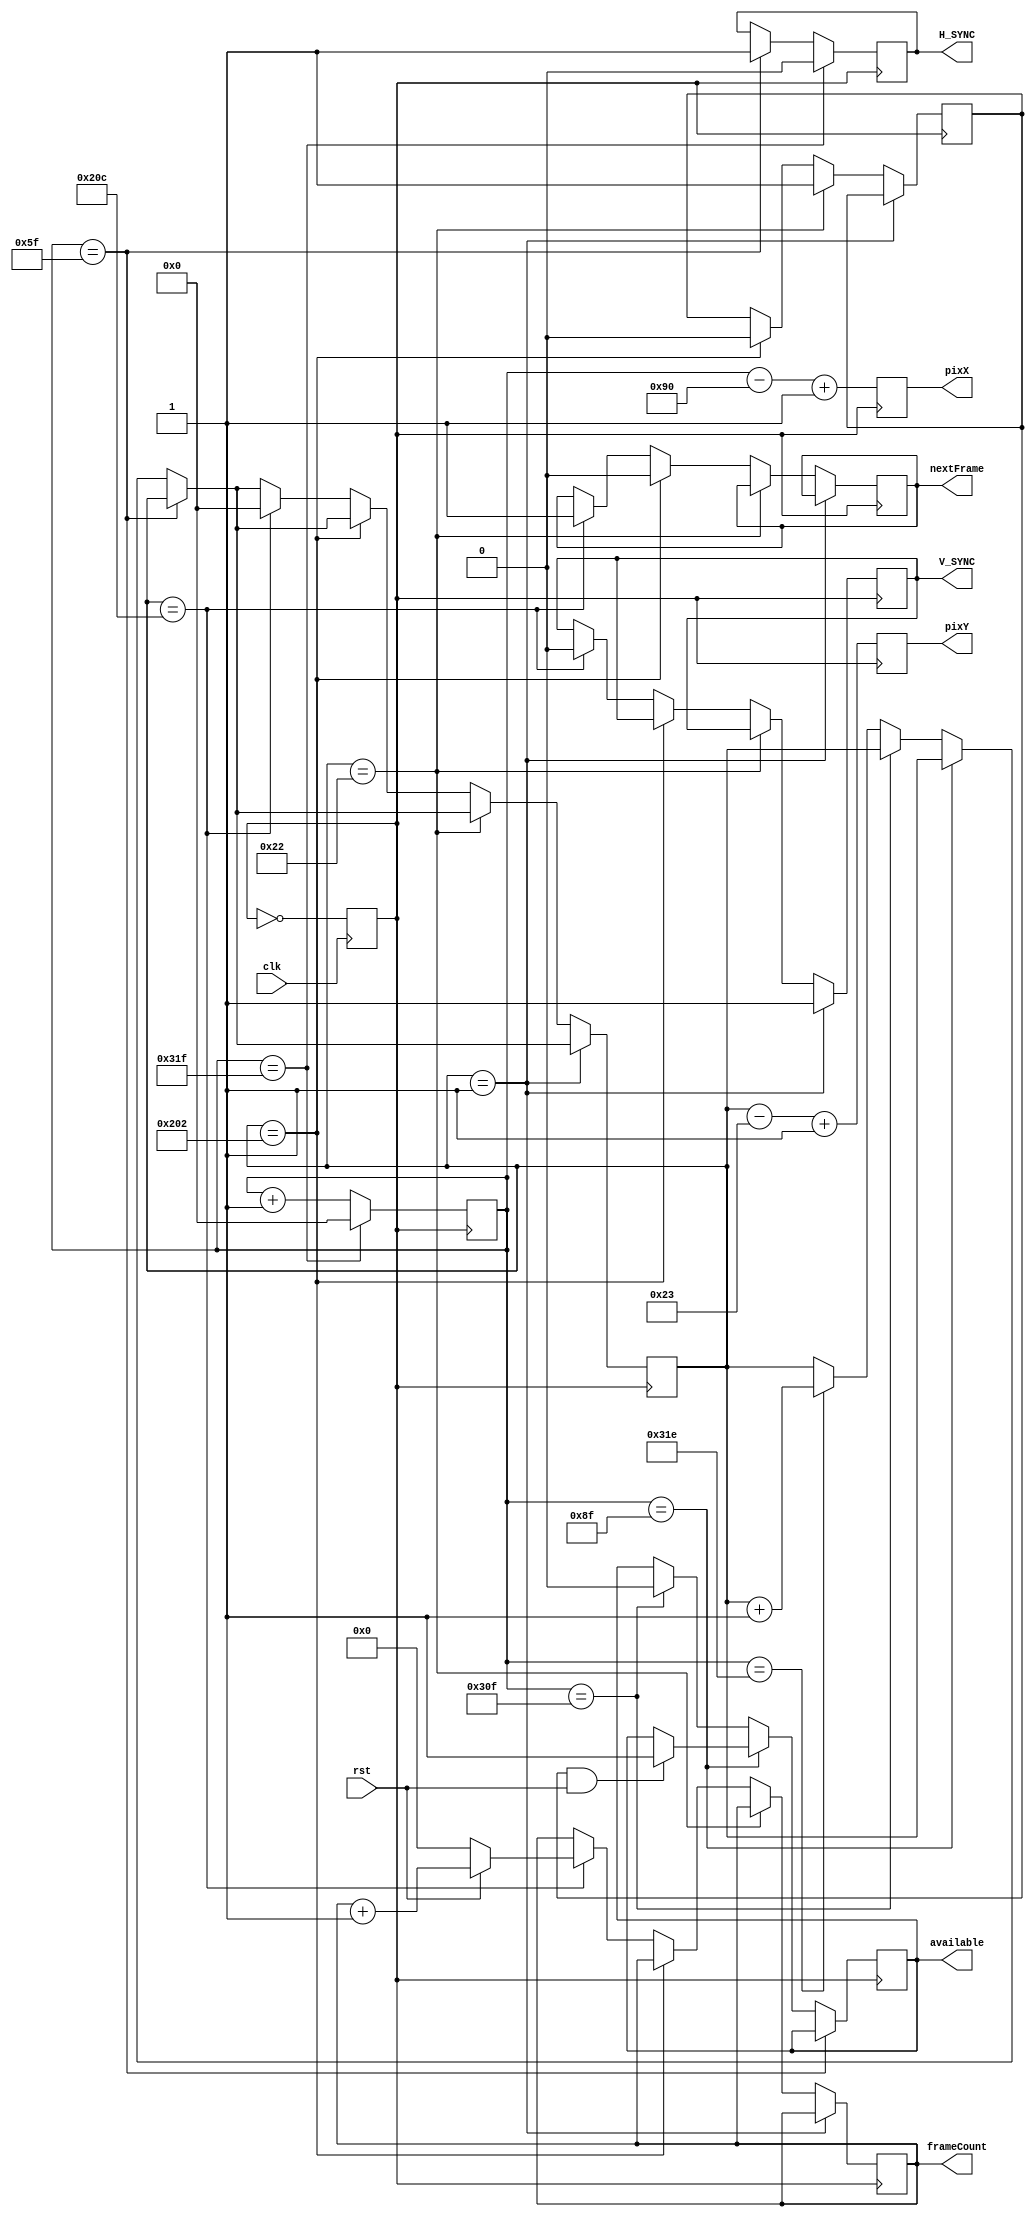
module vga_driver (
    input rst,
    input clk,
    output reg H_SYNC = 0,
    output reg V_SYNC = 0,
    output reg available = 0,
    output reg nextFrame = 0,
    output reg [15:0] pixX = 0,
    output reg [15:0] pixY = 0,
    output reg [31:0] frameCount = 0
);

    parameter HSyncPulse = 16'd96, HBackPorch = 16'd48, HActiveVid = 16'd640, HFrontPorch = 16'd16;
    parameter VSyncPulse = 16'd2, VBackPorch = 16'd33, VActiveVid = 16'd480, VFrontPorch = 16'd10;

    reg vgaClk = 0;
    reg availableV = 0;
    reg [15:0] Hcount = 0;
    reg [15:0] Vcount = 0;

    always @(posedge clk) begin
        vgaClk = ~vgaClk;
    end

    always @(posedge vgaClk) begin
        if (Hcount == HSyncPulse - 1) begin
            H_SYNC <= 1;
        end else if (Hcount == HSyncPulse + HBackPorch - 1) begin
            if (availableV && rst) available <= 1;
        end else if (Hcount == HSyncPulse + HBackPorch + HActiveVid - 1) begin
            available <= 0;
        end else if (Hcount == HSyncPulse + HBackPorch + HActiveVid + HFrontPorch - 2) begin
            Vcount <= Vcount + 16'd1;
        end

        if (Hcount == HSyncPulse + HBackPorch + HActiveVid + HFrontPorch - 1) begin
            Hcount <= 0;
            H_SYNC <= 0;
        end else begin
            Hcount <= Hcount + 16'd1;
        end

        if (Vcount == VSyncPulse - 1) begin
            V_SYNC <= 1;
        end else if (Vcount == VSyncPulse + VBackPorch - 1) begin
            availableV <= 1;
        end else if (Vcount == VSyncPulse + VBackPorch + VActiveVid - 1) begin
            availableV <= 0;
            nextFrame  <= 0;
        end else if (Vcount == VSyncPulse + VBackPorch + VActiveVid + VFrontPorch - 1) begin
            Vcount <= 0;
            V_SYNC <= 0;
            if (!rst) frameCount <= 0;
            else frameCount <= frameCount + 1;
            nextFrame <= 1;
        end

        pixY <= Vcount - (VSyncPulse + VBackPorch) + 16'd1;
        pixX <= Hcount - (HSyncPulse + HBackPorch) + 16'd1;
    end
endmodule